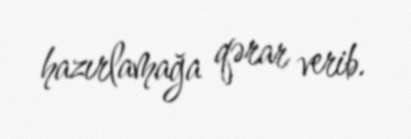
hazırlamağa qərar verib.